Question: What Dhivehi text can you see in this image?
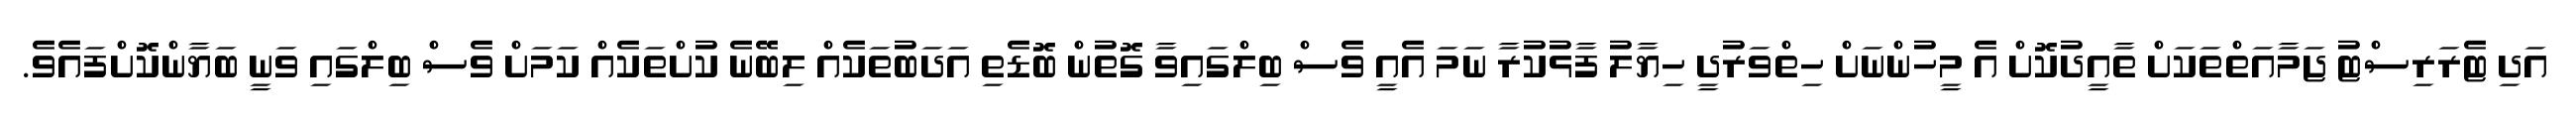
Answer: އަދި ޓެރަރިސްޓު ޖަމާއަތްތަކަށް ތާއީދުކޮށް އެ މީހުންނަށް ހިތްވަރުދީ ހިޔާލު ފާޅުކުރާ ނަމަ އެއީ ވެސް ބިލްގައިވާ ގޮތުން ބޮޑެތި އަދަބުތަކެއް ލިބޭނެ ކުށްތަކެއް ކަމަށް ވެސް ބިލްގައި ވަނީ ބަޔާންކޮށްފައެވެ.